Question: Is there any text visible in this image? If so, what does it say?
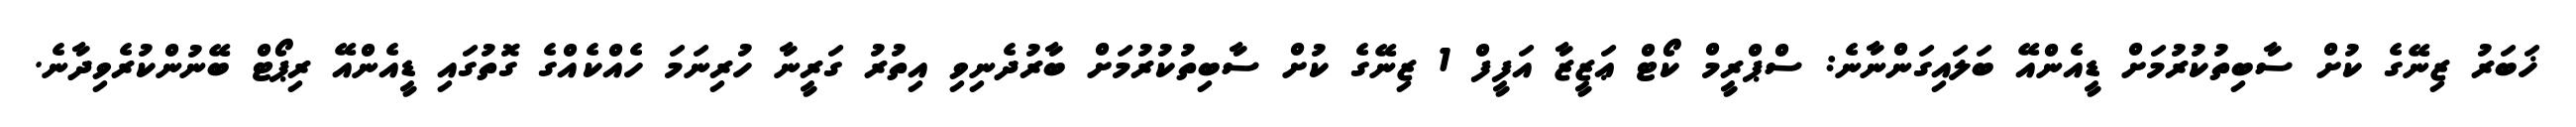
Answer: ޚަބަރު ޒިނޭގެ ކުށް ސާބިތުކުރުމަށް ޑީއެންއޭ ބަލައިގަންނާނެ: ސްޕްރީމް ކޯޓް ޢަޒީޒާ އަފީފް 1 ޒިނޭގެ ކުށް ސާބިތުކުރުމަށް ބާރުދެނިވި އިތުރު ގަރީނާ ހުރިނަމަ ހެއްކެއްގެ ގޮތުގައި ޑީއެންއޭ ރިޕޯޓް ބޭނުންކުރެވިދާނެ.